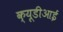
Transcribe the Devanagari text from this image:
क्यूडीआई